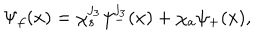
LaTeX: \Psi _ { f } ( { x } ) = \chi _ { s } ^ { j _ { 3 } } \psi _ { - } ^ { j _ { 3 } } ( { x } ) + \chi _ { a } \psi _ { + } ( { x } ) ,